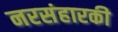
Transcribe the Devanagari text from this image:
नरसंहारकी